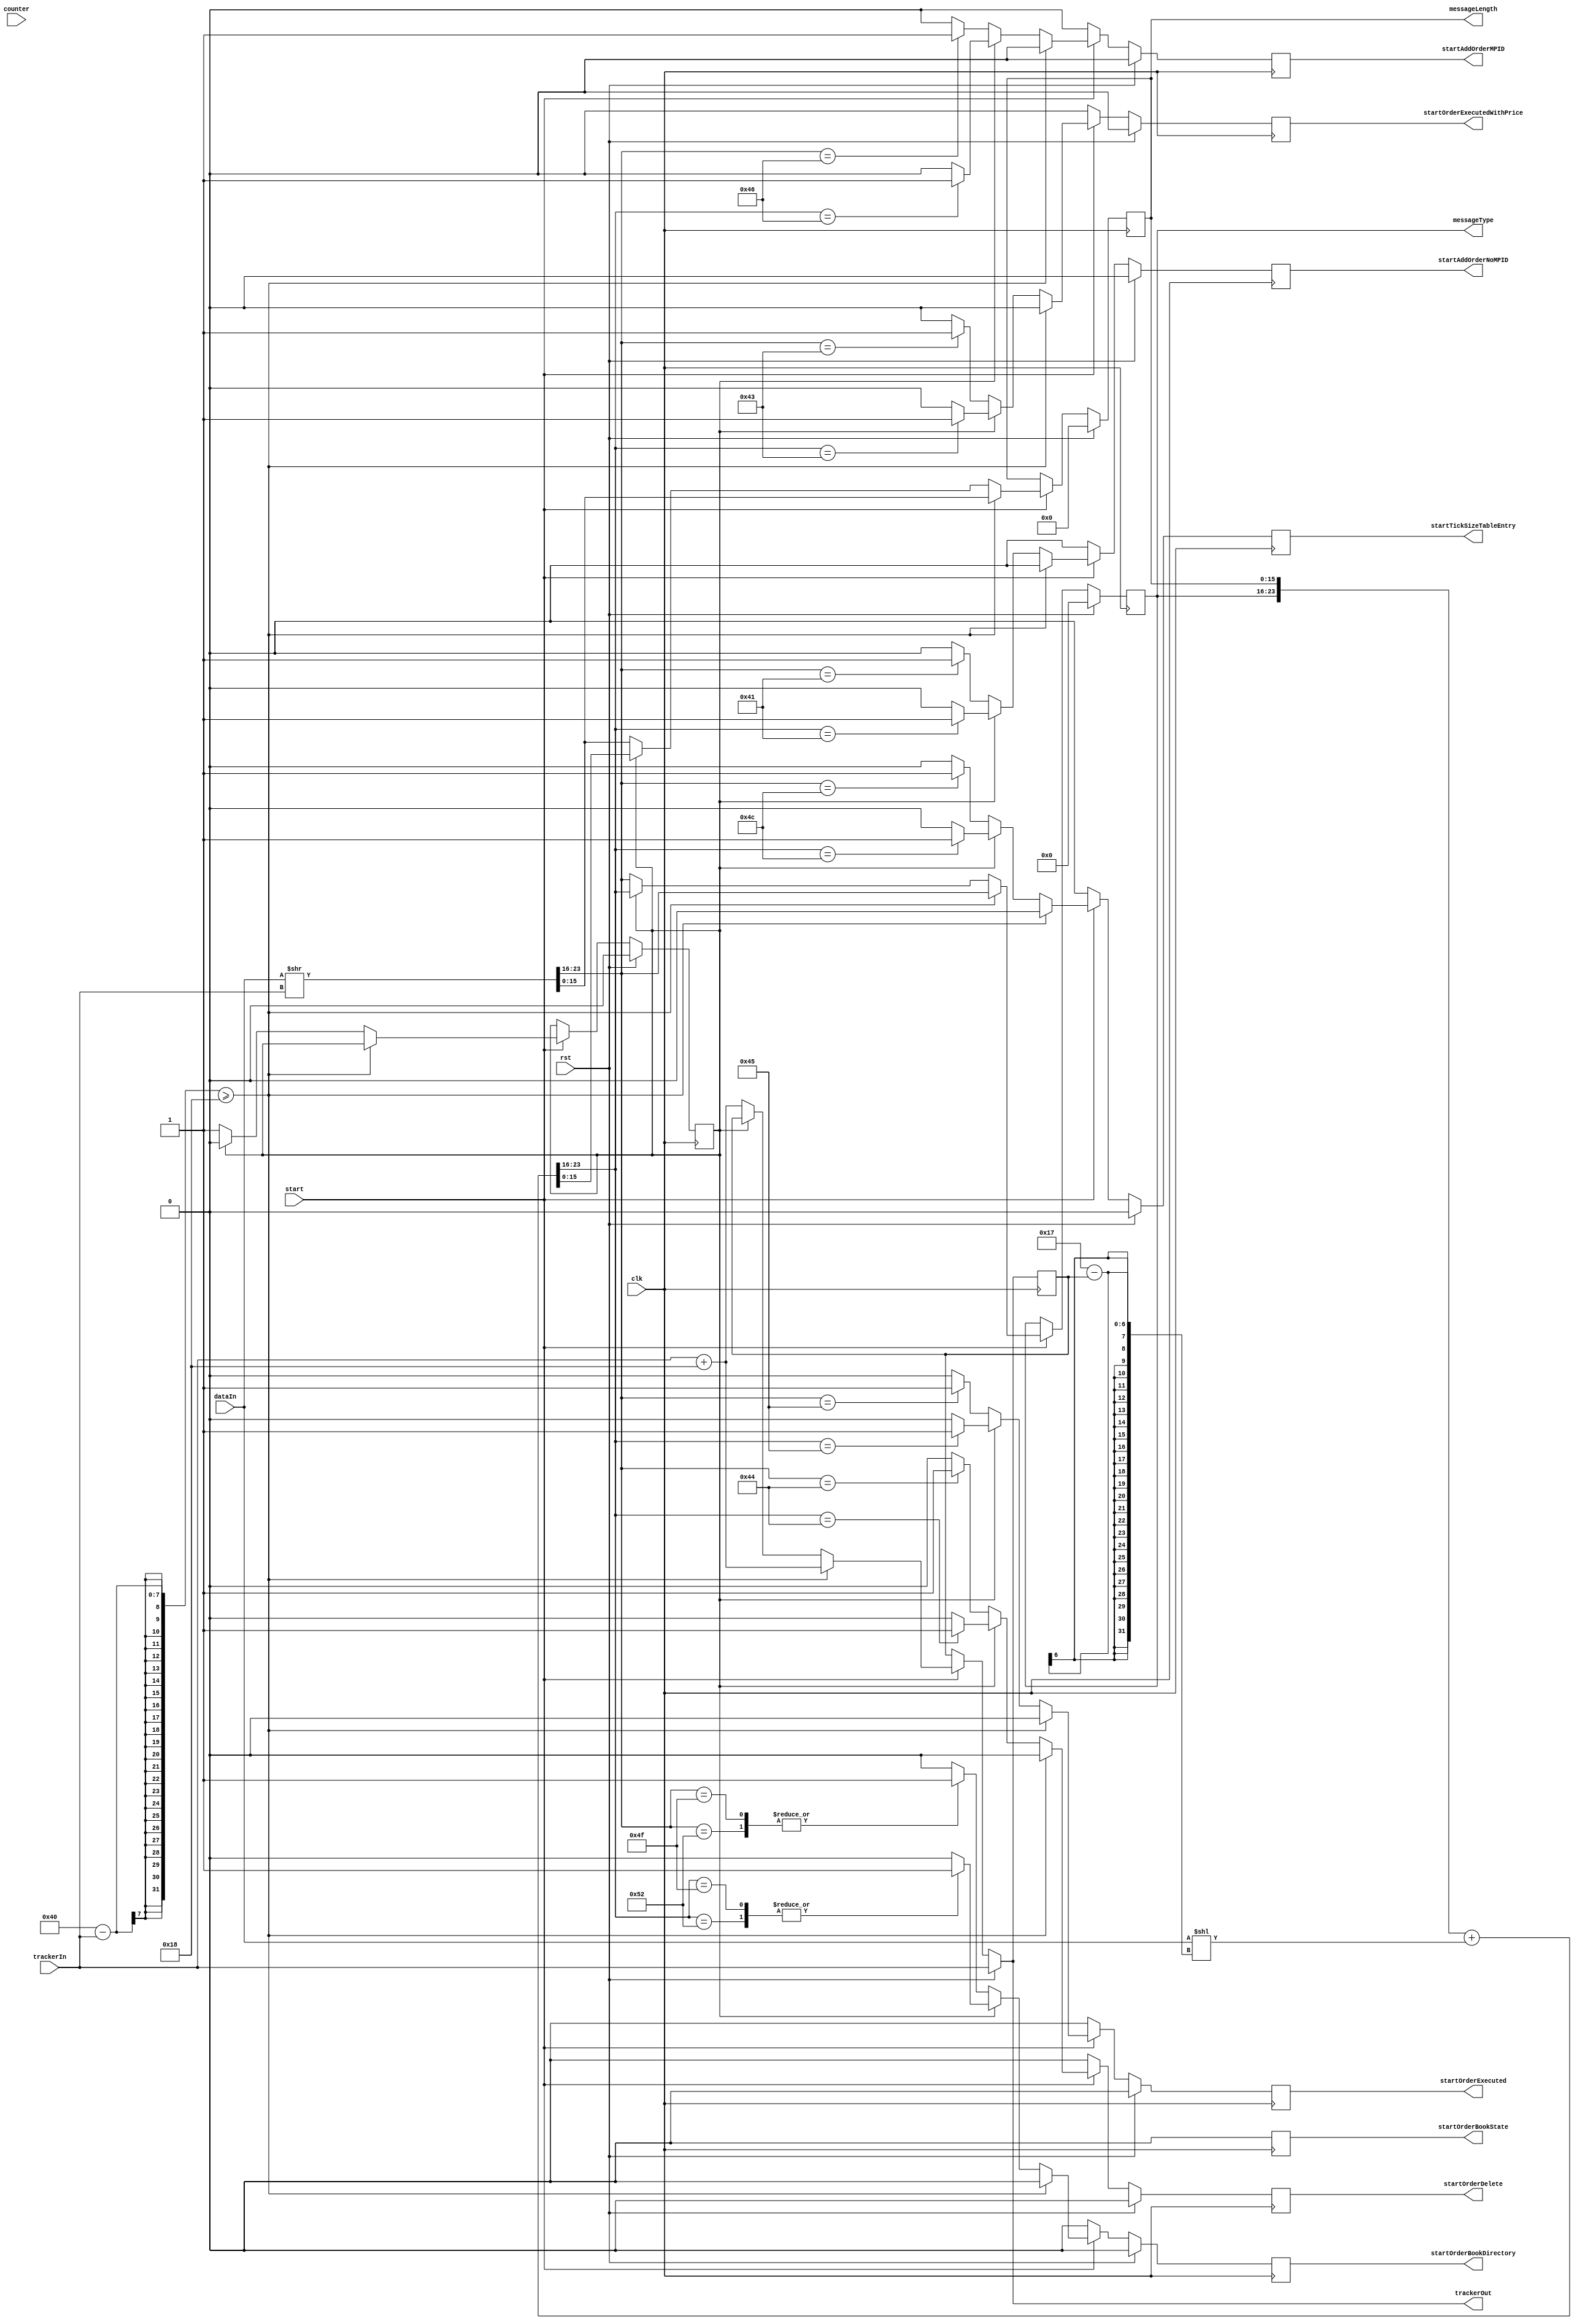
`define R 8'b01010010
`define L 8'b01001100
`define O 8'b01001111
`define A 8'b01000001
`define F 8'b01000110
`define E 8'b01000101
`define C 8'b01000011
`define D 8'b01000100
module itchMessageTypeDecoder ( 
    input clk, rst,
    input start,
    input [63:0] dataIn,
    input [1:0] counter,
    input [5:0] trackerIn,
    output [5:0] trackerOut,
    output reg startAddOrderNoMPID,
    output reg startAddOrderMPID,
    output reg startOrderExecuted,
    output reg startOrderExecutedWithPrice,
    output reg startOrderDelete,
    output reg startOrderBookDirectory,
    output reg startOrderBookState,
    output reg startTickSizeTableEntry,
    output reg [15:0] messageLength,
    output reg [7:0] messageType
);
// field registers
reg [15:0] messageLengthNext;
reg [7:0] messageTypeNext;
// transition registers
reg [5:0] tracker, trackerNext;
reg state, stateNext;
// valid registers
reg startAddOrderNoMPIDNext;
reg startAddOrderMPIDNext;
reg startOrderExecutedNext;
reg startOrderExecutedWithPriceNext;
reg startOrderDeleteNext;
reg startOrderBookDirectoryNext;
reg startOrderBookStateNext;
reg startTickSizeTableEntryNext;

assign trackerOut = trackerNext;

always @(posedge clk) begin
    // valid registers
    startAddOrderMPID <= startAddOrderMPIDNext;
    startAddOrderNoMPID <= startAddOrderNoMPIDNext;
    startOrderExecuted <= startOrderExecutedNext;
    startOrderExecutedWithPrice <= startOrderExecutedWithPriceNext;
    startOrderDelete <= startOrderDeleteNext;
    startOrderBookDirectory <= startOrderBookDirectoryNext;
    startOrderBookState <= startOrderBookStateNext;
    startTickSizeTableEntry <= startTickSizeTableEntryNext;
    // field registers
    messageType <= messageTypeNext;
    messageLength <= messageLengthNext;
    // transition registers
    tracker <= trackerNext;
    state <= stateNext;
end

always @* begin
    // valid registers
    startAddOrderNoMPIDNext = 0;
    startAddOrderMPIDNext = 0;
    startOrderExecutedNext = 0;
    startOrderExecutedWithPriceNext = 0;
    startOrderDeleteNext = 0;
    startOrderBookDirectoryNext = 0;
    startOrderBookStateNext = 0;
    startTickSizeTableEntryNext = 0;
    // transition registers
    stateNext = state;
    trackerNext = tracker;
    // field registers
    messageLengthNext = messageLength;
    messageTypeNext = messageType;
    if (rst) begin
        // transition registers
        trackerNext = trackerIn;
        stateNext = 0;
        // field registers
        messageLengthNext = 0;
        messageTypeNext = 0;
        // valid registers
        startAddOrderNoMPIDNext = 0;
        startAddOrderMPIDNext = 0;
        startOrderExecutedNext = 0;
        startOrderExecutedWithPriceNext = 0;
        startOrderDeleteNext = 0;
        startOrderBookDirectoryNext = 0;
        startOrderBookStateNext = 0;
        startTickSizeTableEntryNext = 0;
    end else begin //message type is always reg out
        if (counter == 8) begin //wire out
            messageLengthNext = dataIn[15:0];
            messageTypeNext = dataIn[23:16];
            //trackerOut = 24;
				trackerNext = 24;
            case (messageTypeNext)
						8'b01010010: startOrderBookDirectoryNext = 1;
						8'b01001100: startTickSizeTableEntryNext = 1;
						8'b01001111: startOrderBookDirectoryNext = 1;
						8'b01000001: startAddOrderNoMPIDNext = 1;
						8'b01000110: startAddOrderMPIDNext = 1;
						8'b01000101: startOrderExecutedNext = 1;
						8'b01000011: startOrderExecutedWithPriceNext = 1;
						8'b01000100: startOrderDeleteNext = 1;
            endcase
        end
        if (start) begin
            if(64 - trackerIn >= 24) begin //wire out
                {messageTypeNext, messageLengthNext} = dataIn >> trackerIn;
                //trackerOut = trackerIn + 24;
					 trackerNext = trackerIn + 24;
            end
            else begin //reg out
                if(state == 0) begin
                    {messageTypeNext, messageLengthNext} = dataIn >> trackerIn;
                    stateNext = 1;
                    trackerNext = trackerIn + 24;
                    //trackerOut = trackerIn + 24;
                    case (messageTypeNext)
                        8'b01010010: startOrderBookDirectoryNext = 1;
                        8'b01001100: startTickSizeTableEntryNext = 1;
                        8'b01001111: startOrderBookDirectoryNext = 1;
                        8'b01000001: startAddOrderNoMPIDNext = 1;
                        8'b01000110: startAddOrderMPIDNext = 1;
                        8'b01000101: startOrderExecutedNext = 1;
                        8'b01000011: startOrderExecutedWithPriceNext = 1;
                        8'b01000100: startOrderDeleteNext = 1;
                    endcase
                end
                else if (state == 1) begin
                    {messageTypeNext, messageLengthNext} = {messageType, messageLength} + (dataIn << (24-1-tracker));
                    stateNext = 0;
                    //trackerOut = tracker;
                    case (messageTypeNext)
                        8'b01010010: startOrderBookDirectoryNext = 1;
                        8'b01001100: startTickSizeTableEntryNext = 1;
                        8'b01001111: startOrderBookDirectoryNext = 1;
                        8'b01000001: startAddOrderNoMPIDNext = 1;
                        8'b01000110: startAddOrderMPIDNext = 1;
                        8'b01000101: startOrderExecutedNext = 1;
                        8'b01000011: startOrderExecutedWithPriceNext = 1;
                        8'b01000100: startOrderDeleteNext = 1;
                    endcase
                end
            end
        end
    end
end
    
endmodule